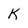
Character: K